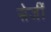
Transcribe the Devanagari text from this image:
सेर्जी